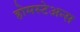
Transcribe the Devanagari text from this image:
होमस्टेअन्स